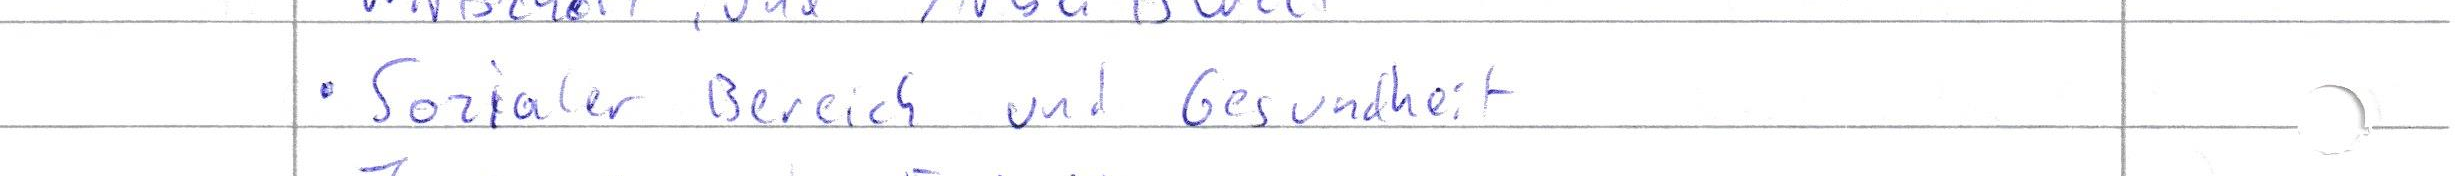
Sozialer Bereich und Gesundheit